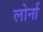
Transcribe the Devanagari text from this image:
लोर्ना